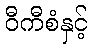
ဝီကီစံနှင့်